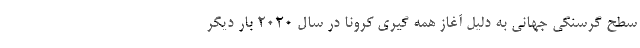
سطح گرسنگی جهانی به دلیل آغاز همه گیری کرونا در سال ۲۰۲۰ بار دیگر